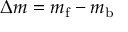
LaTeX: \Delta { m } = m _ { \mathrm { f } } - m _ { \mathrm { b } }